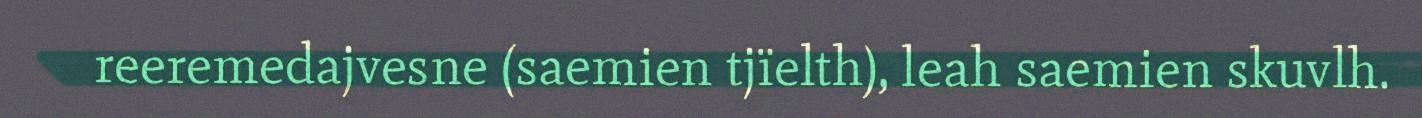
reeremedajvesne (saemien tjïelth), leah saemien skuvlh.